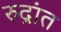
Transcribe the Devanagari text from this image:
रुद्रांत